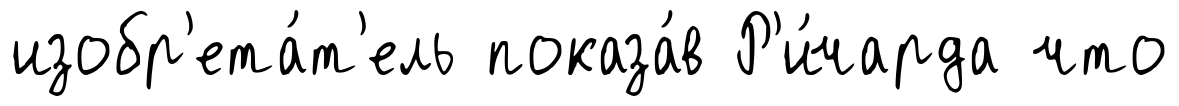
изобр'ета́т'ель показа́в Р'и́чарда что